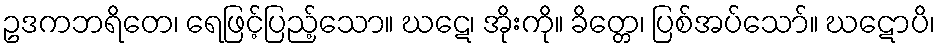
ဥဒကဘရိတေ၊ ရေဖြင့်ပြည့်သော။ ဃဋေ၊ အိုးကို။ ခိတ္တေ၊ ပြစ်အပ်သော်။ ဃဋောပိ၊